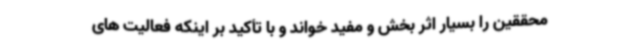
محققین را بسیار اثر بخش و مفید خواند و با تأکید بر اینکه فعالیت های